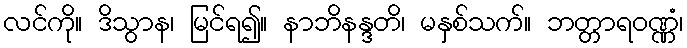
လင်ကို။ ဒိသွာန၊ မြင်ရ၍။ နာဘိနန္ဒတိ၊ မနှစ်သက်။ ဘတ္တာရဝဏ္ဏံ၊